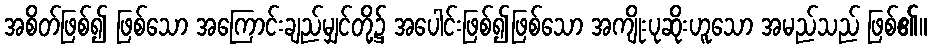
အစိတ်ဖြစ်၍ ဖြစ်သော အကြောင်းချည်မျှင်တို့၌ အပေါင်းဖြစ်၍ဖြစ်သော အကျိုးပုဆိုးဟူသော အမည်သည် ဖြစ်၏။